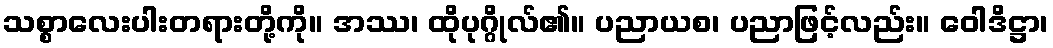
သစ္စာလေးပါးတရားတို့ကို။ အဿ၊ ထိုပုဂ္ဂိုလ်၏။ ပညာယစ၊ ပညာဖြင့်လည်း။ ဝေါဒိဋ္ဌာ၊